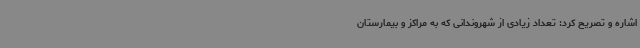
اشاره و تصریح کرد: تعداد زیادی از شهروندانی که به مراکز و بیمارستان